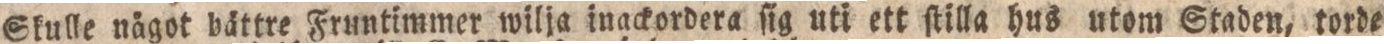
Skulle något bättre Fruntimmer wilja in ackordera ſig uti ett ſtilla hus utom Staden, torde